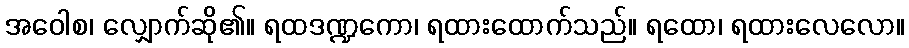
အဝေါစ၊ လျှောက်ဆို၏။ ရထဒဏ္ဍကော၊ ရထားထောက်သည်။ ရထော၊ ရထားလေလော။